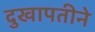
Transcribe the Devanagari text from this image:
दुखापतीने